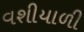
વશીયાળી